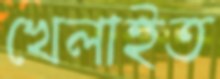
খেলাইত